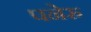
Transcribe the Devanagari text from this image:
पनेरु